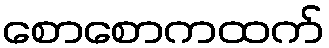
စောစောကထက်